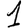
Digit: 1